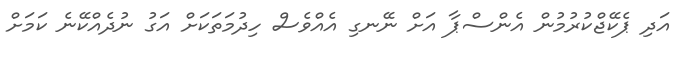
އަދި ޕެކޭޖްކުރުމުން އެންސްޕާ އަށް ނޭނގި އެއްވެސް ހިދުމަތަކަށް އަގު ނުދެއްކޭނެ ކަމަށް